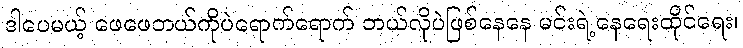
ဒါပေမယ့် ဖေဖေဘယ်ကိုပဲရောက်ရောက် ဘယ်လိုပဲဖြစ်နေနေ မင်းရဲ့နေရေးထိုင်ရေး၊